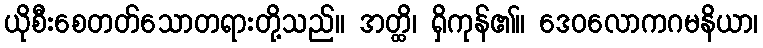
ယိုစီးစေတတ်သောတရားတို့သည်။ အတ္ထိ၊ ရှိကုန်၏။ ဒေဝလောကဂမနိယာ၊